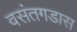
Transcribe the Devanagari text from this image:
वसंतगडास